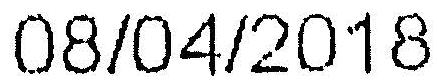
08/04/2018